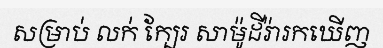
សម្រាប់ លក់ ក្បែរ សាម៉ូដីរ៉ារកឃើញ